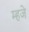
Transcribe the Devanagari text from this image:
म्हजे